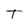
Character: T